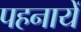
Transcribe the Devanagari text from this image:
पहनायें